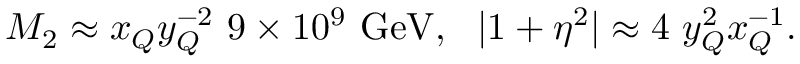
M _ { 2 } \approx x _ { Q } y _ { Q } ^ { - 2 } \ 9 \times 1 0 ^ { 9 } \ \mathrm { G e V } , \ \ | 1 + \eta ^ { 2 } | \approx 4 \ y _ { Q } ^ { 2 } x _ { Q } ^ { - 1 } .